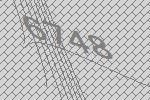
6748